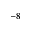
^ { - 8 }